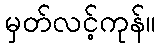
မှတ်လင့်ကုန်။